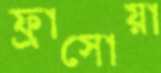
ফ্রাসোয়া